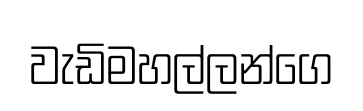
වැඩිමහල්ලන්ගෙ